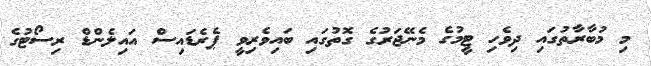
މި މުބާރާތުގައި ދިވެހި ޓީމުގެ މެނޭޖަރުގެ ގޮތުގައި ބައިވެރިވީ ޕެރެޑައިސް އައިލެންޑް ރިސޯޓުގެ